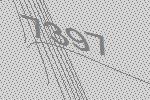
7397